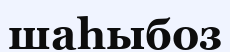
шаһыбоз